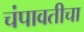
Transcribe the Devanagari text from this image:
चंपावतीचा